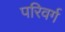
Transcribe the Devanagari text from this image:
परिवर्ग